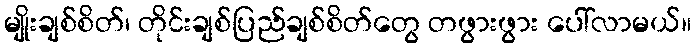
မျိုးချစ်စိတ်၊ တိုင်းချစ်ပြည်ချစ်စိတ်တွေ တဖွားဖွား ပေါ်လာမယ်။